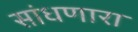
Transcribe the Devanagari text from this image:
सांधणारा